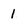
Character: 1